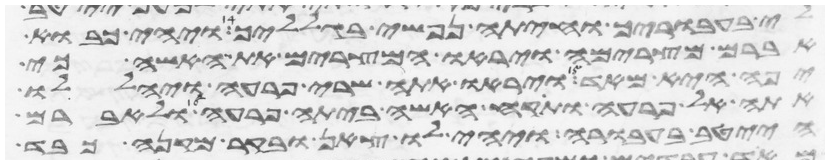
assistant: לי בעבוריך וחיתה נפשי בגלליך ויהי כבוא
אברם מצרימה ויראו המצרים את האשה כי
יפה היא מאד ויראו אתה שרי פרעה ויהללו
אתה אל פרעה ותקח האשה ביתה פרעה ולאברם
הייטב בעבורה ויהי לו צאן ובקר מקנה כבד